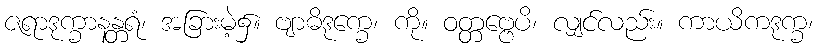
ဇရာဒုက္ခာနန္တရံ၊ အခြားမဲ့၌။ ဗျာဓိဒုက္ခေ၊ ကို။ ဝတ္တဗ္ဗေပိ၊ လျှင်လည်း။ ကာယိကဒုက္ခ၊